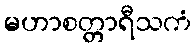
မဟာစတ္တာရီသကံ